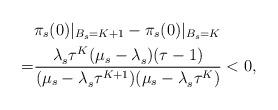
LaTeX: \begin{align*}&\pi_s(0)|_{B_s=K+1}-\pi_s(0)|_{B_s=K} \\ = & \frac{\lambda_s^{}\tau^{K}(\mu_s-\lambda_s^{})(\tau-1)}{(\mu_s-\lambda_s^{}\tau^{K+1})(\mu_s-\lambda_s^{}\tau^{K})} <0, \end{align*}